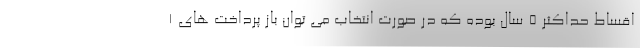
اقساط حداکثر 5 سال بوده که در صورت انتخاب می توان باز پرداخت های 1